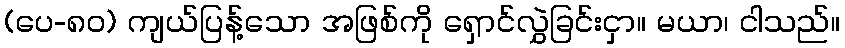
(ပေ-၈၀) ကျယ်ပြန့်သော အဖြစ်ကို ရှောင်လွှဲခြင်းငှာ။ မယာ၊ ငါသည်။